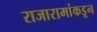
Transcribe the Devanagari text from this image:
राजारामांकडून